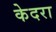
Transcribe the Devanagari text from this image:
केदरा